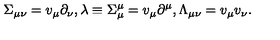
\Sigma _ { \mu \nu } = v _ { \mu } \partial _ { \nu } , \lambda \equiv \Sigma _ { \mu } ^ { \mu } = v _ { \mu } \partial ^ { \mu } , \Lambda _ { \mu \nu } = v _ { \mu } v _ { \nu } .